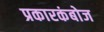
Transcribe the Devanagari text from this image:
प्रकारकंबोज